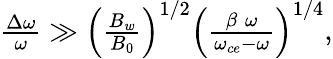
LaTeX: \begin{array}{r}{\frac{\Delta\omega}{\omega}\gg\left(\frac{B_{w}}{B_{0}}\right)^{1/2}\left(\frac{\beta\; \omega}{\omega_{ce}-\omega}\right)^{1/4},}\end{array}